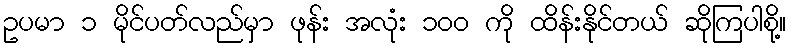
ဥပမာ ၁ မိုင်ပတ်လည်မှာ ဖုန်း အလုံး ၁၀၀ ကို ထိန်းနိုင်တယ် ဆိုကြပါစို့။